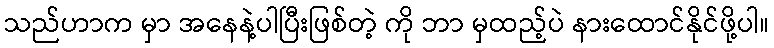
သည်ဟာက မှာ အနေနဲ့ပါပြီးဖြစ်တဲ့ ကို ဘာ မှထည့်ပဲ နားထောင်နိုင်ဖို့ပါ။